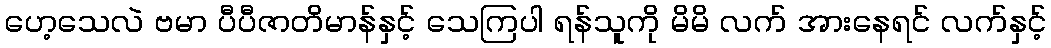
ဟေ့သေလဲ ဗမာ ပီပီဇာတိမာန်နှင့် သေကြပါ ရန်သူကို မိမိ လက် အားနေရင် လက်နှင့်